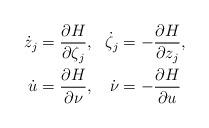
LaTeX: \begin{align*}\begin{aligned}\dot z_j &= \frac{\partial H}{\partial \zeta_j}, & \dot \zeta_j &= -\frac{\partial H}{\partial z_j},\\\dot u &= \frac{\partial H}{\partial \nu}, & \dot \nu &= -\frac{\partial H}{\partial u}\end{aligned}\end{align*}